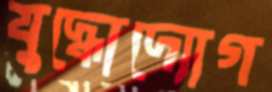
যুদ্ধোদ্যোগ